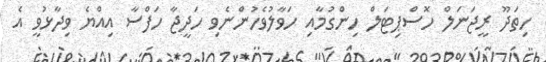
ހިތަދޫ ރީޖަނަލް ހޮސްޕިޓަލް ހިންގުމާއި ހަވާލުވެހުންނެވި ހަދީޖާ ހަފްސާ އިއްޔެ ވިދާޅުވީ އެ